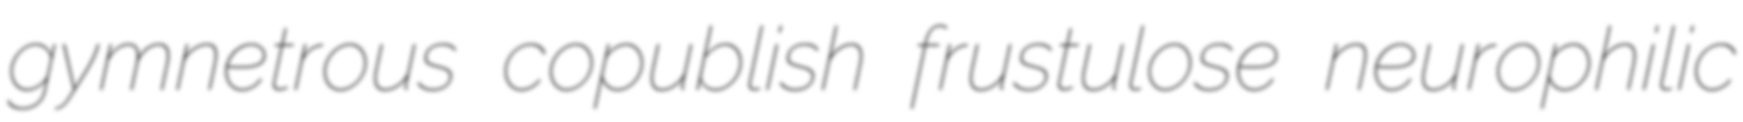
gymnetrous copublish frustulose neurophilic